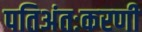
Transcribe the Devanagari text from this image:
पतिअंतःकरणी